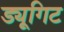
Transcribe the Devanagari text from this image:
ड्यूगिट